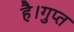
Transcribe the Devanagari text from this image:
है।गुप्त